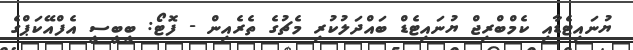
ޔުނައިޓެޑާއި ކެމްބްރިޖް ޔުނައިޓެޑް ބައްދަލުކުރި މެޗުގެ ތެރެއިން - ފޮޓޯ: ބީބީސީ އެފްއޭކަޕްގެ